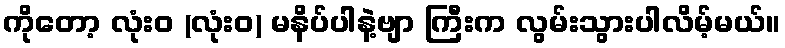
ကိုတော့ လုံးဝ (လုံးဝ) မနိပ်ပါနဲ့ဗျာ ကြီးက လွမ်းသွားပါလိမ့်မယ်။